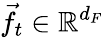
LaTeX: \vec{f}_{t}\in\mathbb{R}^{d_{F}}